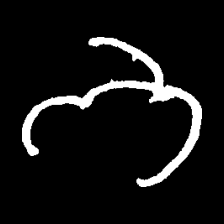
Pyu character \u2014 Myanmar letter: ဘ (romanized: bha)